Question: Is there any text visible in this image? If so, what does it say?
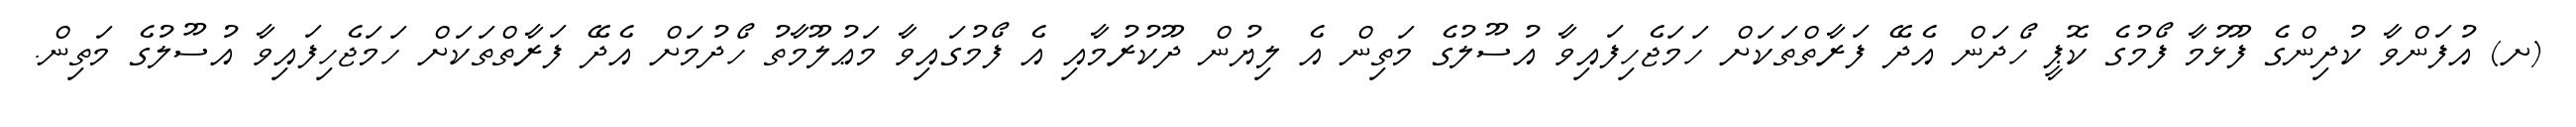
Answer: (ށ) އުފަންވާ ކުދިންގެ ފޫޅުމާ ފޯމުގެ ކޮޕީ ހޯދަން އެދޭ ފަރާތްތަކަށް ހަމަޖެހިފައިވާ އުސޫލުގެ މަތިން އެ ލިޔުން ދޫކުރުމާއި އެ ފޯމުގައިވާ މަޢުލޫމާތު ހޯދުމަށް އެދޭ ފަރާތްތަކަށް ހަމަޖެހިފައިވާ އުސޫލުގެ މަތިން.